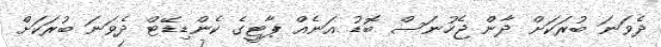
ދެވަނަ ބުރަކަށް ދާން ޖެހުނަސް ބޮޑު އަނެއް ޕާޓީގެ ކެންޑިޑޭޓް ދެވަނަ ބުރަކަށް